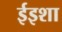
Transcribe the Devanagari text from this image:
ईइशा